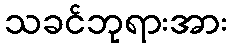
သခင်ဘုရားအား